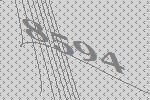
8594